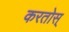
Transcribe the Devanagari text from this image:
करतोस्